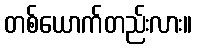
တစ်ယောက်တည်းလား။